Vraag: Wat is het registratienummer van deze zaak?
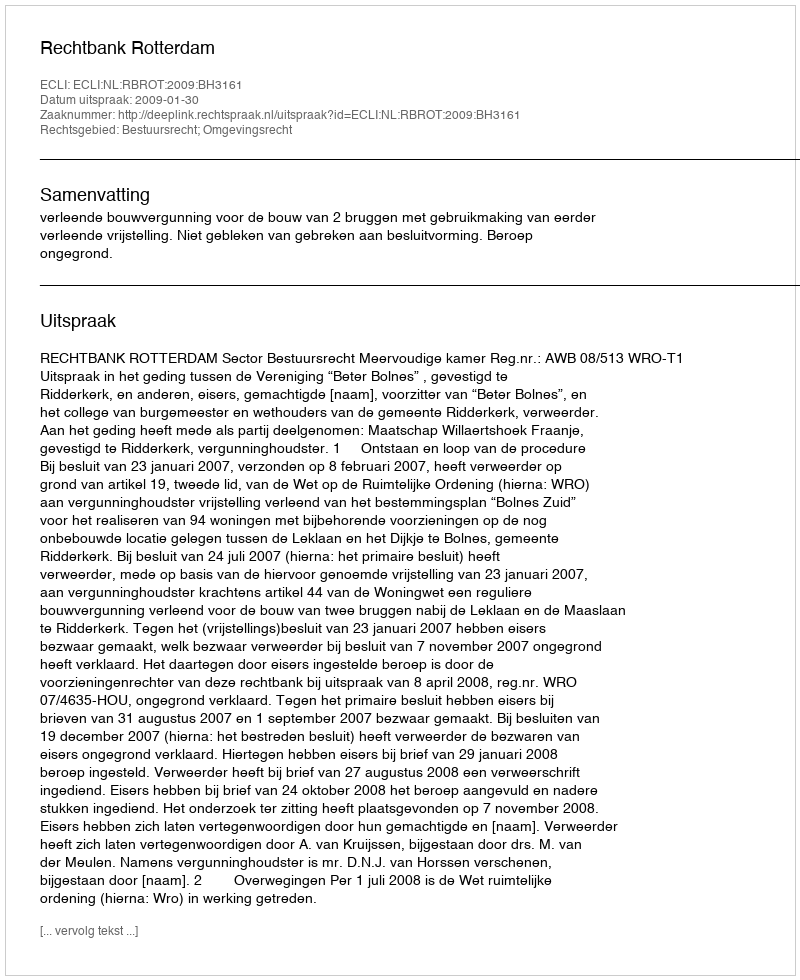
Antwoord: http://deeplink.rechtspraak.nl/uitspraak?id=ECLI:NL:RBROT:2009:BH3161